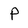
Character: P